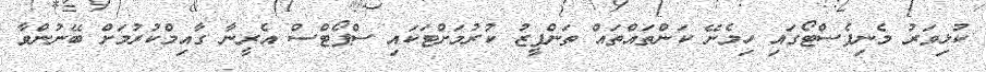
ކުޅިވަރު މެނިފެސްޓޯގައި ހިމެނޭ ކަންތައްތައް ތަންފީޒު ކުރުމަށްޓަކައި ސްޕޯޓްސް އެރީނާ ގާއިމްކުރުމަށް ބޭނުންވާ